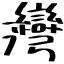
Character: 灣